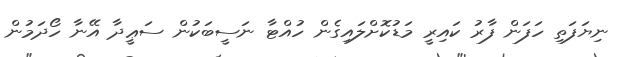
ނިޔަފަތި ހަފަން ފާރު ކައިރީ މަޑުކޮށްލައިގެން ހުއްޓާ ނަސީބަކުން ސަޢީދާ އޭނާ ހޯދަމުން